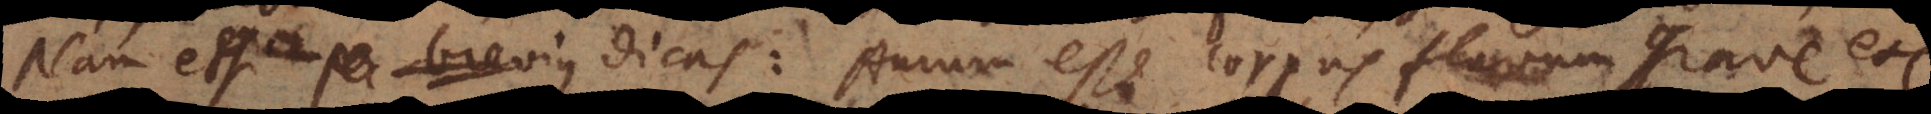
Nam etsi dicas: Aurum esse corpus flavum grave etc.